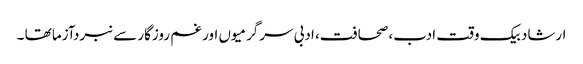
ارشاد بیک وقت ادب، صحافت، ادبی سرگرمیوں اور غم روزگار سے نبردآزما تھا ۔